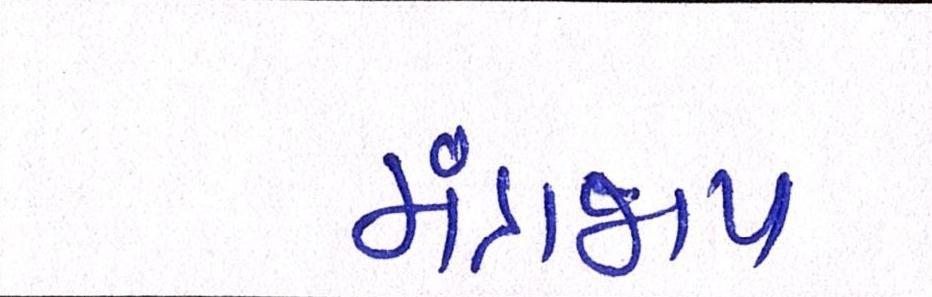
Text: મંત્રજાપ